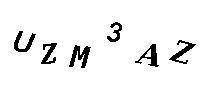
UZM3AZ